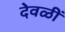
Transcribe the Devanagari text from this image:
देवळीं